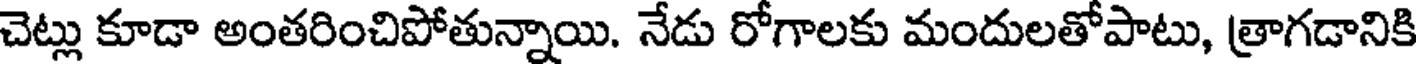
చెట్లు కూడా అంతరించిపోతున్నాయి. నేడు రోగాలకు మందులతోపాటు, త్రాగడానికి